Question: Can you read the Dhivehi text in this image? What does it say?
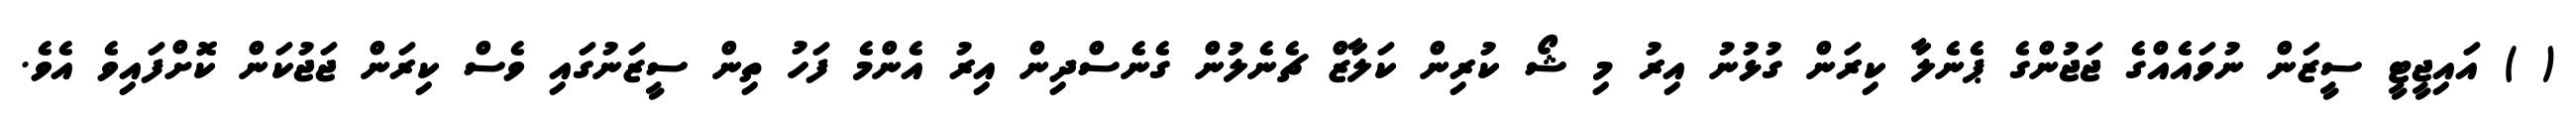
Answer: ( ) އައިޖީޓީ ސީޒަން ނުވައެއްގެ ޖަޖުންގެ ޕެނެލާ ކިރަން ގުޅުނު އިރު މި ޝޯ ކުރިން ކަލާޒް ޗެނެލުން ގެނެސްދިން އިރު އެންމެ ފަހު ތިން ސީޒަނުގައި ވެސް ކިރަން ޖަޖުކަން ކޮށްފައިވެ އެވެ.